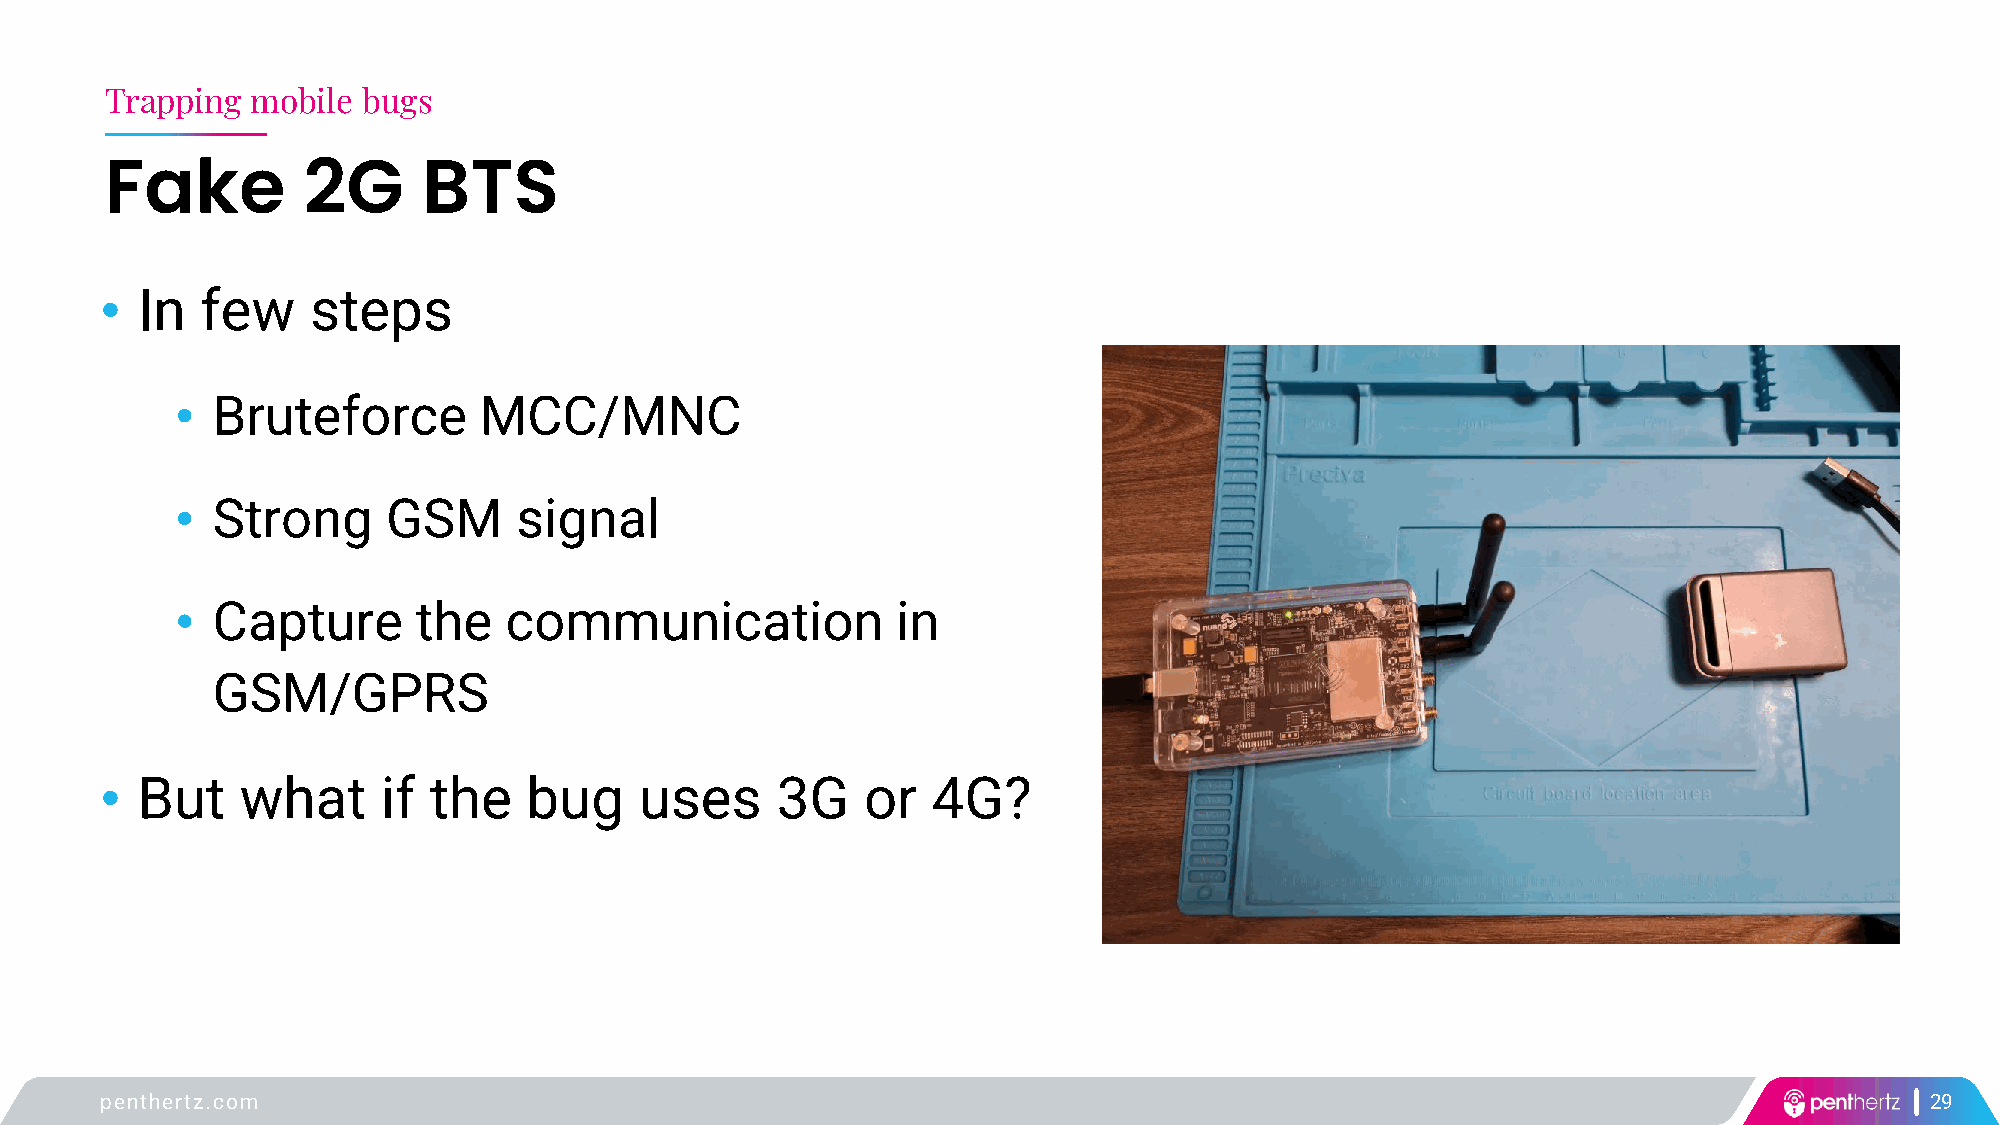
Trapping  mobile bugs
 Fake         2G      BTS
 • In  few     steps
 • Bruteforce        MCC/MNC
 • Strong      GSM     signal
 • Capture       the  communication             in
 GSM/GPRS
 • But    what     if the    bug    uses     3G    or   4G?
 penthertz.com                                                                                                            29